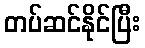
တပ်ဆင်နိုင်ပြီး